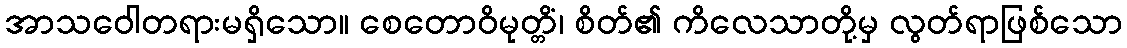
အာသဝေါတရားမရှိသော။ စေတောဝိမုတ္တိံ၊ စိတ်၏ ကိလေသာတို့မှ လွတ်ရာဖြစ်သော